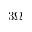
3 \Omega